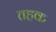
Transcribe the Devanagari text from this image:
तहक